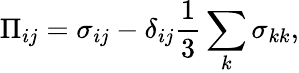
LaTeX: \Pi_{ij}=\sigma_{ij}-\delta_{ij}\frac{1}{3}\sum_{k}\sigma_{kk},